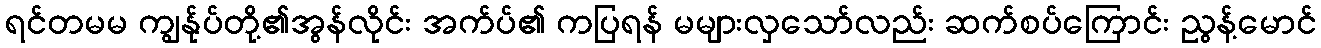
ရင်တမမ ကျွန်ုပ်တို့၏အွန်လိုင်း အက်ပ်၏ ကပြရန် မများလှသော်လည်း ဆက်စပ်ကြောင်း ညွန့်မောင်